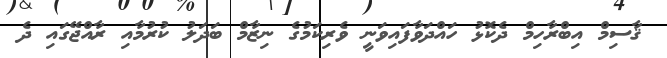
ޤާސިމް އިބްރާހިމް ދެކޮޅު ހައްދަވާފައިވަނީ ވެރިކަމުގެ ނިޒާމް ބަދަލު ކުރުމާއި ރާއްޖޭގައި ދެ